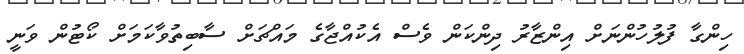
ހިންގާ ފުލުހުންނަށް އިންޒާރު ދިންކަން ވެސް އެކުއްޖާގެ މައްޗަށް ސާބިތުވާކަމަށް ކޯޓުން ވަނީ